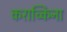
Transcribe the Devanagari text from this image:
कराच्किना